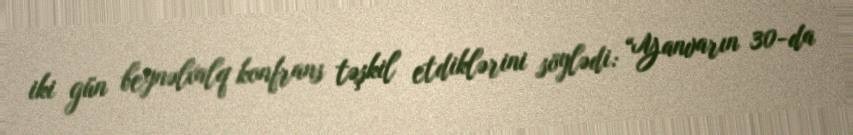
iki gün beynəlxalq konfrans təşkil etdiklərini söylədi: “Yanvarın 30-da